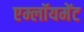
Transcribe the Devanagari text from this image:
एम्लॉयमेंट